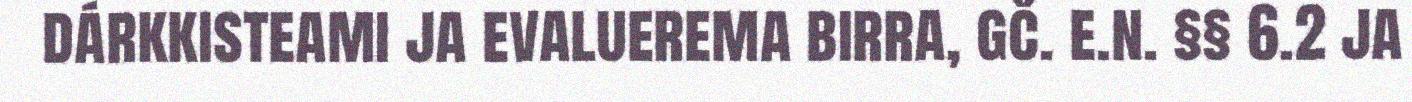
dárkkisteami ja evaluerema birra, gč. e.n. §§ 6.2 ja